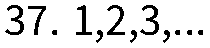
37. 1,2,3,...